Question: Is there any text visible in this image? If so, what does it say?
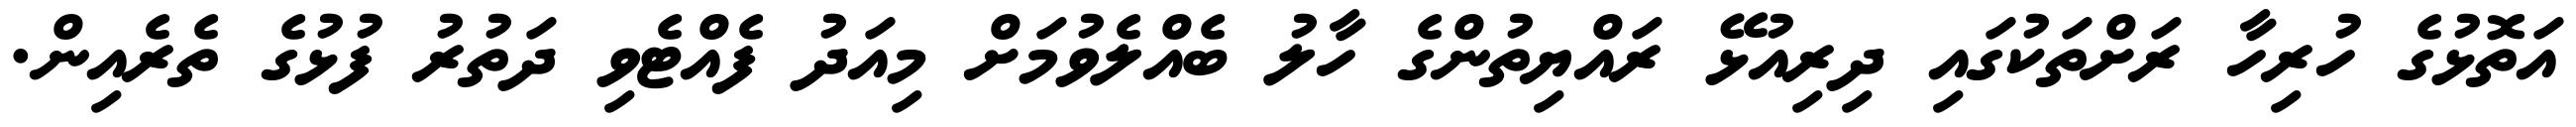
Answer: އަތޮޅުގެ ހުރިހާ ރަށްތަކުގައި ދިރިއުޅޭ ރައްޔިތުންގެ ހާލު ބެއްލެވުމަށް މިއަދު ފެއްޓެވި ދަތުރު ފުޅުގެ ތެރެއިން.